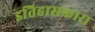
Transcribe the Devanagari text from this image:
इतिहासकारा